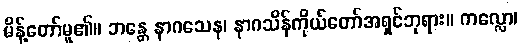
မိန့်တော်မူ၏။ ဘန္တေ နာဂသေန၊ နာဂသိန်ကိုယ်တော်အရှင်ဘုရား။ ကလ္လော၊